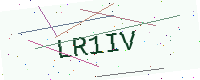
Text: LR1IV